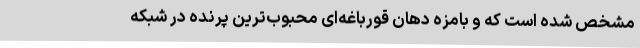
مشخص شده است که و بامزه دهان قورباغه‌ای محبوب‌ترین پرنده در شبکه